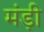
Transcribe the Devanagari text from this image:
मंड़ी